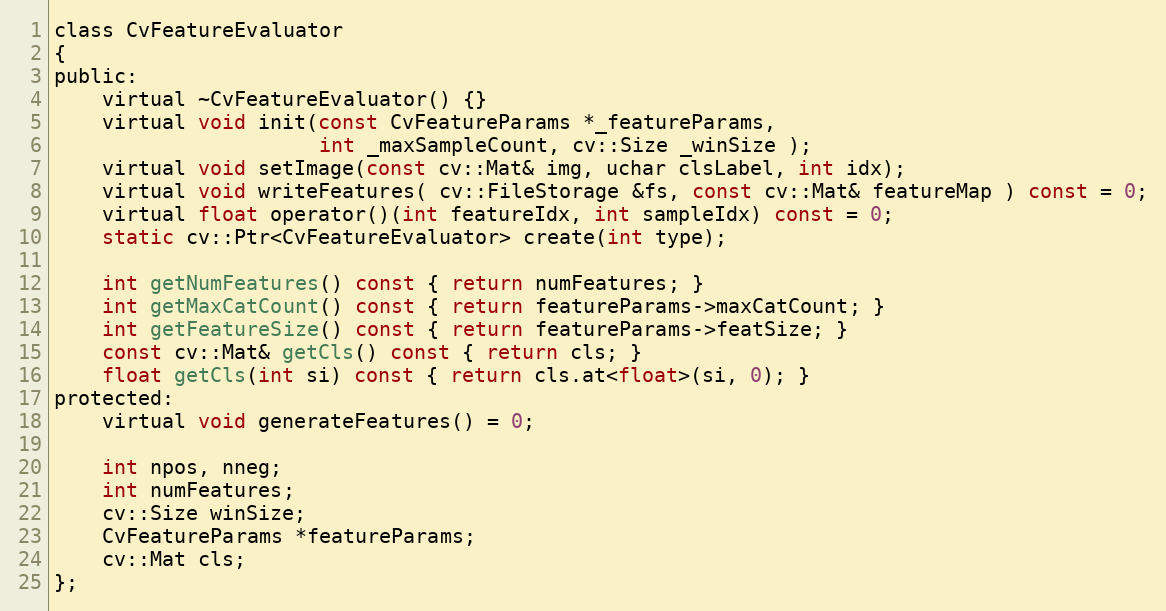
Language: C
class CvFeatureEvaluator
{
public:
    virtual ~CvFeatureEvaluator() {}
    virtual void init(const CvFeatureParams *_featureParams,
                      int _maxSampleCount, cv::Size _winSize );
    virtual void setImage(const cv::Mat& img, uchar clsLabel, int idx);
    virtual void writeFeatures( cv::FileStorage &fs, const cv::Mat& featureMap ) const = 0;
    virtual float operator()(int featureIdx, int sampleIdx) const = 0;
    static cv::Ptr<CvFeatureEvaluator> create(int type);

    int getNumFeatures() const { return numFeatures; }
    int getMaxCatCount() const { return featureParams->maxCatCount; }
    int getFeatureSize() const { return featureParams->featSize; }
    const cv::Mat& getCls() const { return cls; }
    float getCls(int si) const { return cls.at<float>(si, 0); }
protected:
    virtual void generateFeatures() = 0;

    int npos, nneg;
    int numFeatures;
    cv::Size winSize;
    CvFeatureParams *featureParams;
    cv::Mat cls;
};